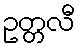
ဥတ္တလီ